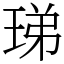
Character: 珶